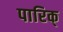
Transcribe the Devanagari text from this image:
पारिक्